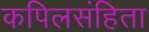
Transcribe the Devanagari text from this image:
कपिलसंहिता